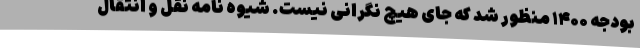
بودجه ۱۴۰۰ منظور شد که جای هیچ نگرانی نیست. شیوه نامه نقل و انتقال